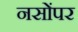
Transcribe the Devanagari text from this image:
नसोंपर